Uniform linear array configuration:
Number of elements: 4
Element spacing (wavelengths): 1
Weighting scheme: kaiser
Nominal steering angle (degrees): -15
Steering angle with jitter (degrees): -13.537
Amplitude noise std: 0.05
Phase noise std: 0.05

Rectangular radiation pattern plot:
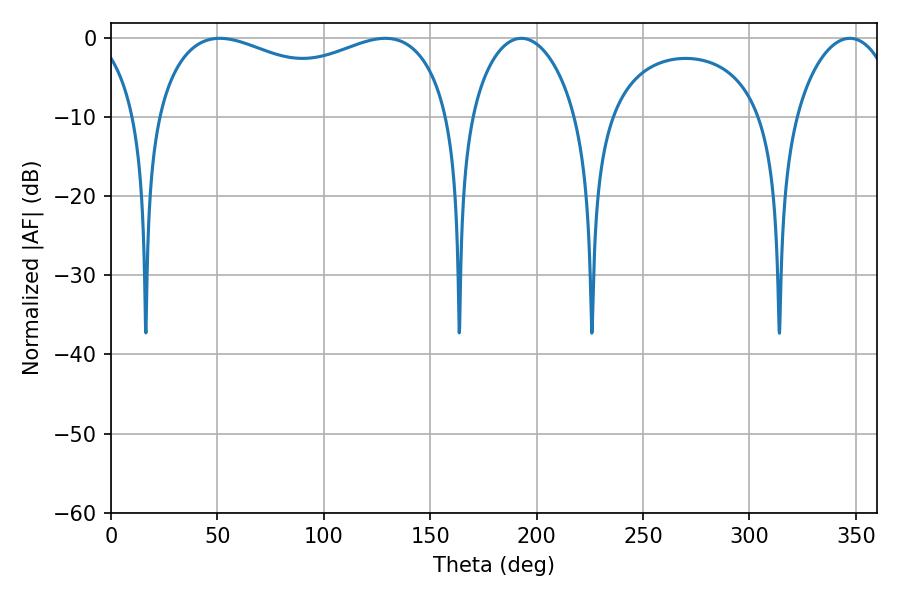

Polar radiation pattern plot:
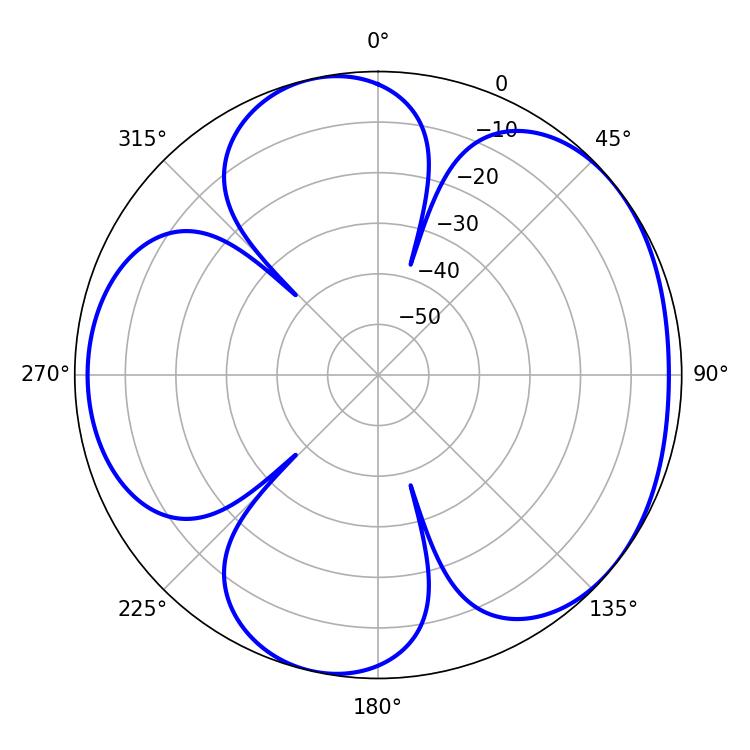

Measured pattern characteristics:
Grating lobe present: TRUE
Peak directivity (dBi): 4.819
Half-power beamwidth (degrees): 114.48
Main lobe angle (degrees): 51.12